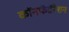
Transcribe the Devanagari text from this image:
कॉनफॅडॅरेशन